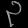
Digit: ၃